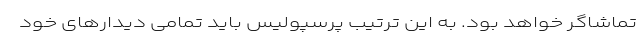
تماشاگر خواهد بود. به این ترتیب پرسپولیس باید تمامی دیدار‌های خود